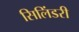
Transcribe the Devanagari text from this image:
सिलिंडरी